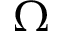
\Omega